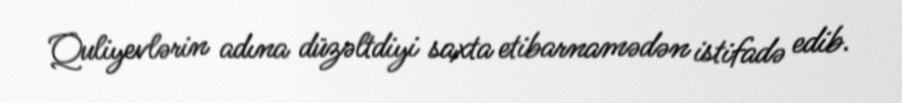
Quliyevlərin adına düzəltdiyi saxta etibarnamədən istifadə edib.